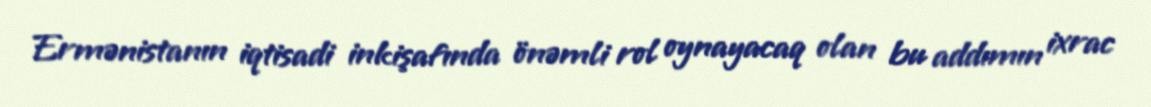
Ermənistanın iqtisadi inkişafında önəmli rol oynayacaq olan bu addımın ixrac